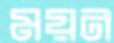
ময়ন